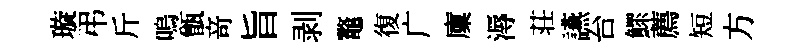
璇弔斤嗚甑竒旨剥鼇復广廩溽荘讌台鰥薦短方